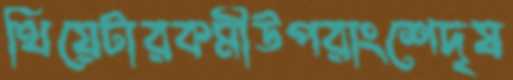
থিয়েটারকর্মীউপরাংশেদৃষ